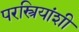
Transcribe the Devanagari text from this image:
परस्त्रियांशी